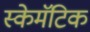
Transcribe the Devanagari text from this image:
स्केमॅटिक